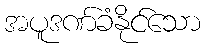
အပူဒဏ်ခံနိုင်သော